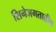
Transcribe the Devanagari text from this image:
सिनेजगतातील